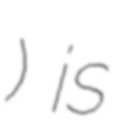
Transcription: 友達光電) is